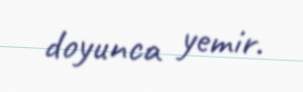
doyunca yemir.